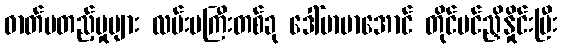
ဓာတ်မတည့်မှုများ လမ်းမကြီးတစ်ခု ဒေါ်မာမာအောင် တိုင်ပင်ညှိနှိုင်းပြီး